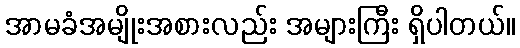
အာမခံအမျိုးအစားလည်း အများကြီး ရှိပါတယ်။